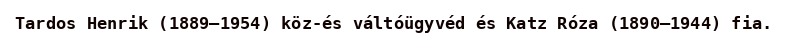
Tardos Henrik (1889–1954) köz-és váltóügyvéd és Katz Róza (1890–1944) fia.